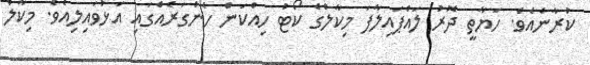
ކުރާނެއެވެ. ހަޔާތީ ދޮރު ލައްޕައިލާފަ މިކާލްގެ ކޯޓު ހިއްކަން ހެންގަރެއްގައި އަޅުވައިލިއެވެ. މިކާލް